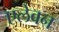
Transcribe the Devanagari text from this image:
एलेवन